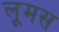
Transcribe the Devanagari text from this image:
लूमस